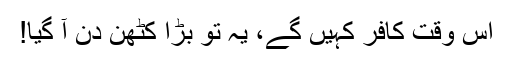
اس وقت کافر کہیں گے، یہ تو بڑا کٹھن دن آ گیا!